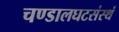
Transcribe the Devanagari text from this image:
चण्डालघटसंस्थं